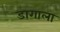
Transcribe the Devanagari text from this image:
डागाला